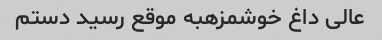
عالی داغ خوشمزهبه موقع رسید دستم